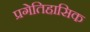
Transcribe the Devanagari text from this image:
प्रगेतिहासिक